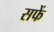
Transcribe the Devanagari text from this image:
सफें